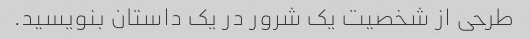
طرحی از شخصیت یک شرور در یک داستان بنویسید.